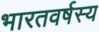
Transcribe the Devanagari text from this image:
भारतवर्षस्य